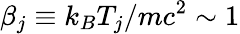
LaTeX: \beta_{j}\equiv k_{B}T_{j}/mc^{2}\sim 1